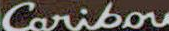
Caribou